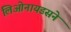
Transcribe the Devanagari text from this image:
लिओनायडसने